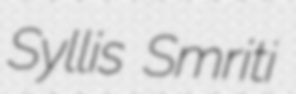
Syllis Smriti